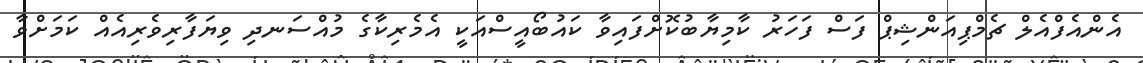
އެންއެފްއެލް ޗެމްޕިއަންޝިޕް ފަސް ފަހަރު ކާމިޔާބުކޮށްފައިވާ ކައުބޯއީސްއަކީ އެމެރިކާގެ މުއްސަނދި ވިޔަފާރިވެރިއެއް ކަމަށްވާ